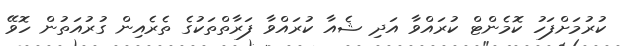
ކުރުމަށްފަހު ކޮމެންޓް ކުރައްވާ އަދި ޝެއާ ކުރައްވާ ފަރާތްތަކުގެ ތެރެއިން ގުރުއަތުން ހޮވޭ